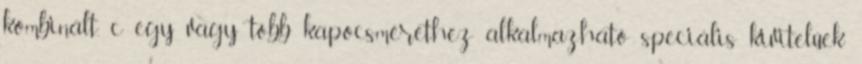
kombinált, c egy vagy több kapocsmérethez alkalmazható speciális kivitelûek